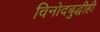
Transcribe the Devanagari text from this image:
विनोदबुद्धीही